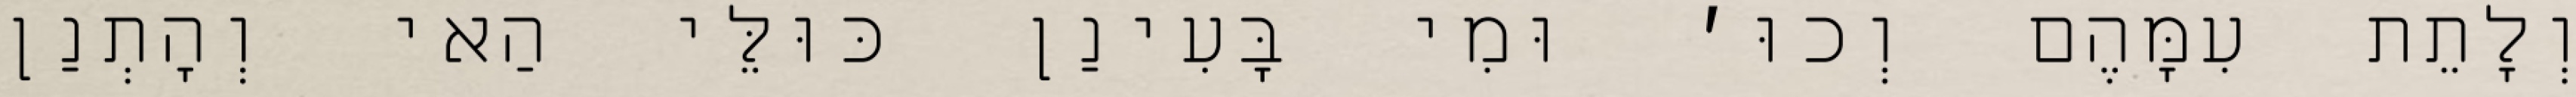
וְלָתֵת עִמָּהֶם וְכוּ׳ וּמִי בָּעִינַן כּוּלֵּי הַאי וְהָתְנַן